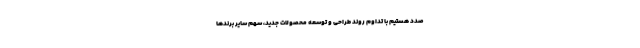
صدد هستیم با تداوم روند طراحی و توسعه محصولات جدید، سهم سایر برندها